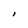
Character: I